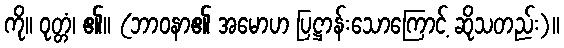
ကို။ ဝုတ္တံ၊ ၏။ (ဘာဝနာ၏ အမောဟ ပြဋ္ဌာန်းသောကြောင့် ဆိုသတည်း)။